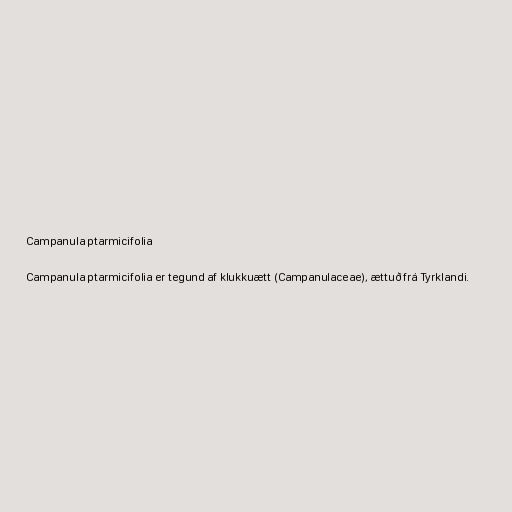
Campanula ptarmicifolia

Campanula ptarmicifolia er tegund af klukkuætt (Campanulaceae), ættuð frá Tyrklandi.